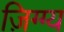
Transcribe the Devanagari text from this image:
ज़िग्ग्य